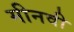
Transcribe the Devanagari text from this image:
मीनवी